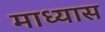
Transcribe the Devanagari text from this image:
माध्यास